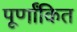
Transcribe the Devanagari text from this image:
पूर्णांकित